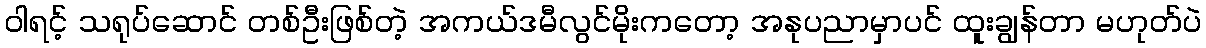
ဝါရင့် သရုပ်ဆောင် တစ်ဦးဖြစ်တဲ့ အကယ်ဒမီလွင်မိုးကတော့ အနုပညာမှာပင် ထူးချွန်တာ မဟုတ်ပဲ